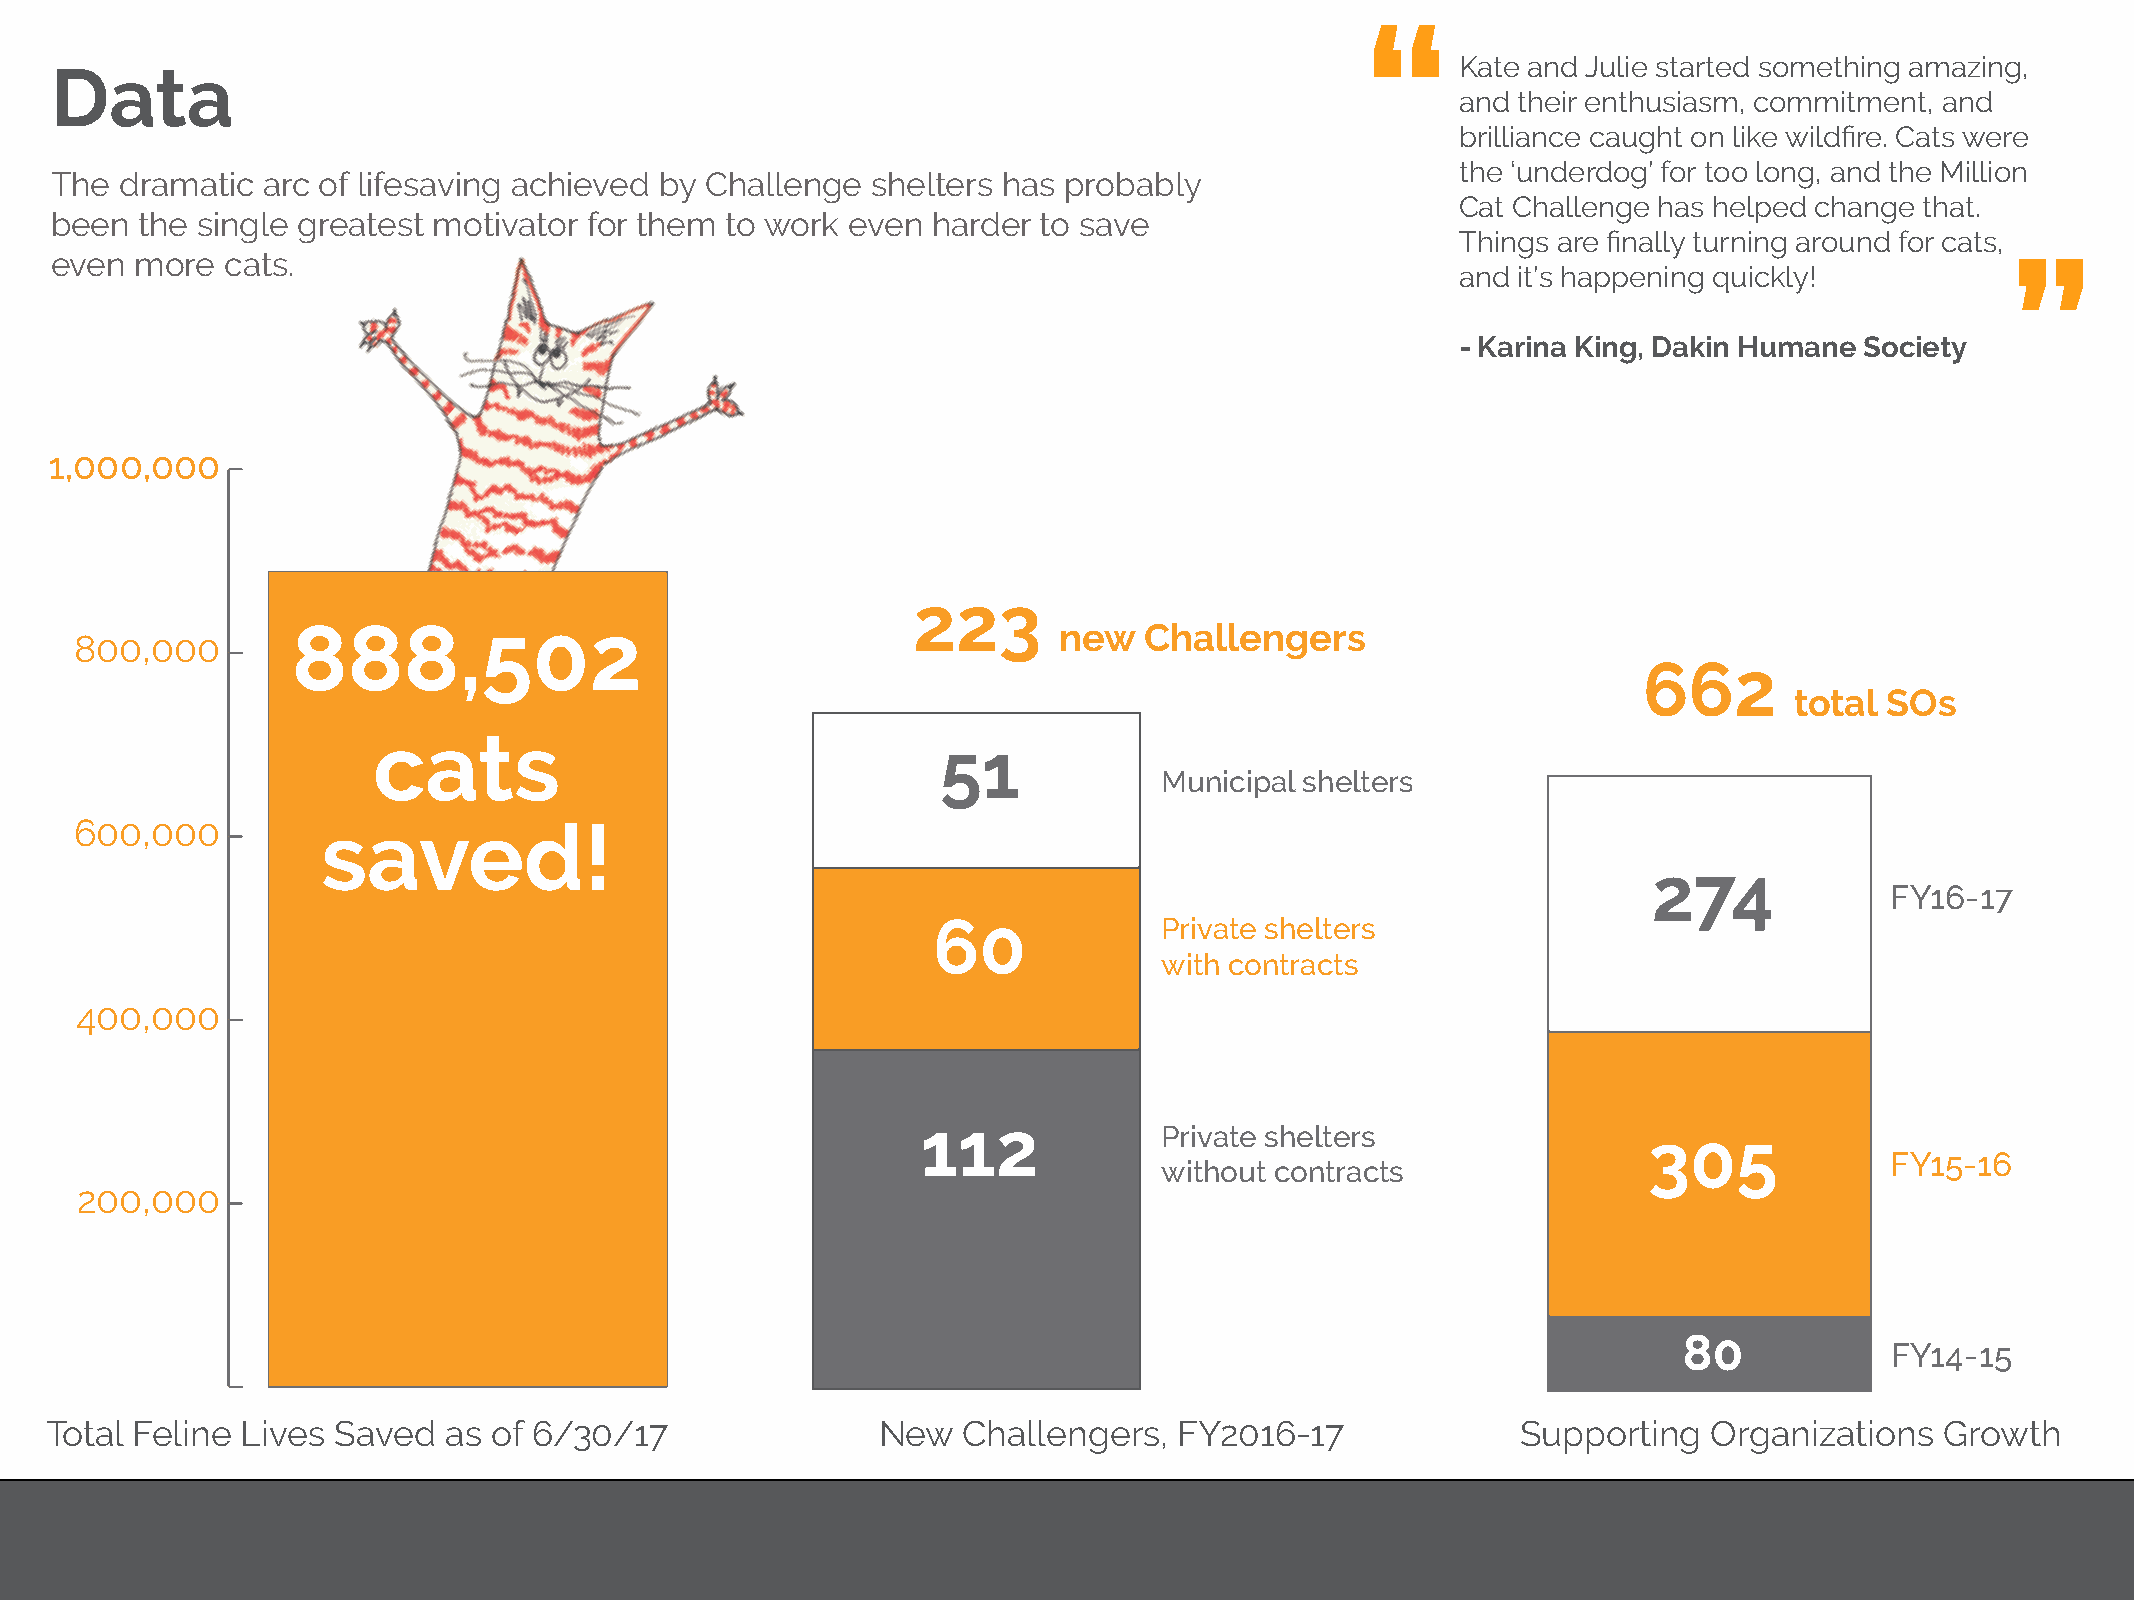
“
 Kate and Julie started something amazing,
 Data
 and their enthusiasm, commitment, and
 “
 brilliance caught on like wildfire. Cats were
 the ‘underdog’ for too long, and the Million
 The  dramatic arc of lifesaving achieved by Challenge  shelters has probably
 Cat Challenge has helped change that.
 been  the single greatest motivator for them to work even  harder to save
 Things are finally turning around for cats,
 even  more  cats.
 and it’s happening quickly!
 - Karina King, Dakin Humane Society
 1,000,000
 223
 888,502                                            new   Challengers
 800,000
 662
 total SOs
 cats
 51
 Municipal shelters
 600,000         saved!
 274
 FY16-17
 60             Private shelters
 with contracts
 400,000
 112             Private shelters
 305
 FY15-16
 without contracts
 200,000
 80
 FY14-15
 Total Feline Lives Saved  as  of 6/30/17               New   Challengers,  FY2016-17              Supporting  Organizations   Growth